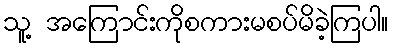
သူ့ အကြောင်းကိုစကားမစပ်မိခဲ့ကြပါ။